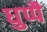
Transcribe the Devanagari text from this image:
धुप्पै